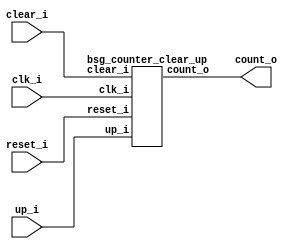


module top
(
  clk_i,
  reset_i,
  clear_i,
  up_i,
  count_o
);

  output [30:0] count_o;
  input clk_i;
  input reset_i;
  input clear_i;
  input up_i;

  bsg_counter_clear_up
  wrapper
  (
    .count_o(count_o),
    .clk_i(clk_i),
    .reset_i(reset_i),
    .clear_i(clear_i),
    .up_i(up_i)
  );


endmodule



module bsg_counter_clear_up
(
  clk_i,
  reset_i,
  clear_i,
  up_i,
  count_o
);

  output [30:0] count_o;
  input clk_i;
  input reset_i;
  input clear_i;
  input up_i;
  wire N0,N1,N2,N3,N4,N5,N6,N7,N8,N9,N10,N11,N12,N13,N14,N15,N16,N17,N18,N19,N20,N21,
  N22,N23,N24,N25,N26,N27,N28,N29,N30,N31,N32,N33,N34,N35,N36,N37,N38,N39,N40,N41,
  N42,N43,N44,N45,N46,N47,N48,N49,N50,N51,N52,N53,N54,N55,N56,N57,N58,N59,N60,N61,
  N62,N63,N64,N65,N66,N67,N68,N69,N70,N71,N72,N73,N74,N75,N76,N77,N78,N79,N80,N81,
  N82,N83,N84,N85,N86,N87,N88,N89,N90,N91,N92,N93,N94,N95,N96,N97,N98;
  reg [30:0] count_o;
  assign { N36, N35, N34, N33, N32, N31, N30, N29, N28, N27, N26, N25, N24, N23, N22, N21, N20, N19, N18, N17, N16, N15, N14, N13, N12, N11, N10, N9, N8, N7, N6 } = { N98, N97, N96, N95, N94, N93, N92, N91, N90, N89, N88, N87, N86, N85, N84, N83, N82, N81, N80, N79, N78, N77, N76, N75, N74, N73, N72, N71, N70, N69, N68 } + up_i;
  assign { N67, N66, N65, N64, N63, N62, N61, N60, N59, N58, N57, N56, N55, N54, N53, N52, N51, N50, N49, N48, N47, N46, N45, N44, N43, N42, N41, N40, N39, N38, N37 } = (N0)? { 1'b0, 1'b0, 1'b0, 1'b0, 1'b0, 1'b0, 1'b0, 1'b0, 1'b0, 1'b0, 1'b0, 1'b0, 1'b0, 1'b0, 1'b0, 1'b0, 1'b0, 1'b0, 1'b0, 1'b0, 1'b0, 1'b0, 1'b0, 1'b0, 1'b0, 1'b0, 1'b0, 1'b0, 1'b0, 1'b0, 1'b0 } : 
                                                                                                                                                                         (N1)? { N36, N35, N34, N33, N32, N31, N30, N29, N28, N27, N26, N25, N24, N23, N22, N21, N20, N19, N18, N17, N16, N15, N14, N13, N12, N11, N10, N9, N8, N7, N6 } : 1'b0;
  assign N0 = reset_i;
  assign N1 = N2;
  assign { N98, N97, N96, N95, N94, N93, N92, N91, N90, N89, N88, N87, N86, N85, N84, N83, N82, N81, N80, N79, N78, N77, N76, N75, N74, N73, N72, N71, N70, N69, N68 } = count_o * N4;
  assign N2 = ~reset_i;
  assign N3 = N2;
  assign N4 = ~clear_i;
  assign N5 = N3 & N4;

  always @(posedge clk_i) begin
    if(1'b1) begin
      { count_o[30:0] } <= { N67, N66, N65, N64, N63, N62, N61, N60, N59, N58, N57, N56, N55, N54, N53, N52, N51, N50, N49, N48, N47, N46, N45, N44, N43, N42, N41, N40, N39, N38, N37 };
    end 
  end


endmodule